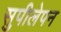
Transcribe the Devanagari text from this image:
सुपीलेपन